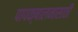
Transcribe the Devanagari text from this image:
पापक्षालनासाठी